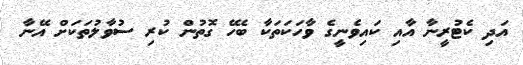
އަދި ކެޓުރީނާ އާއި ކައިވެނީގެ ވާހަކަތަކާ ބެހޭ ގޮތުން ކުރި ސުވާލުތަކަށް އޭނާ